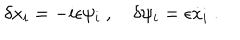
\delta x _ { i } = - i \epsilon \psi _ { i } \ , \quad \delta \psi _ { i } = \epsilon { \dot { x } } _ { i } \ .